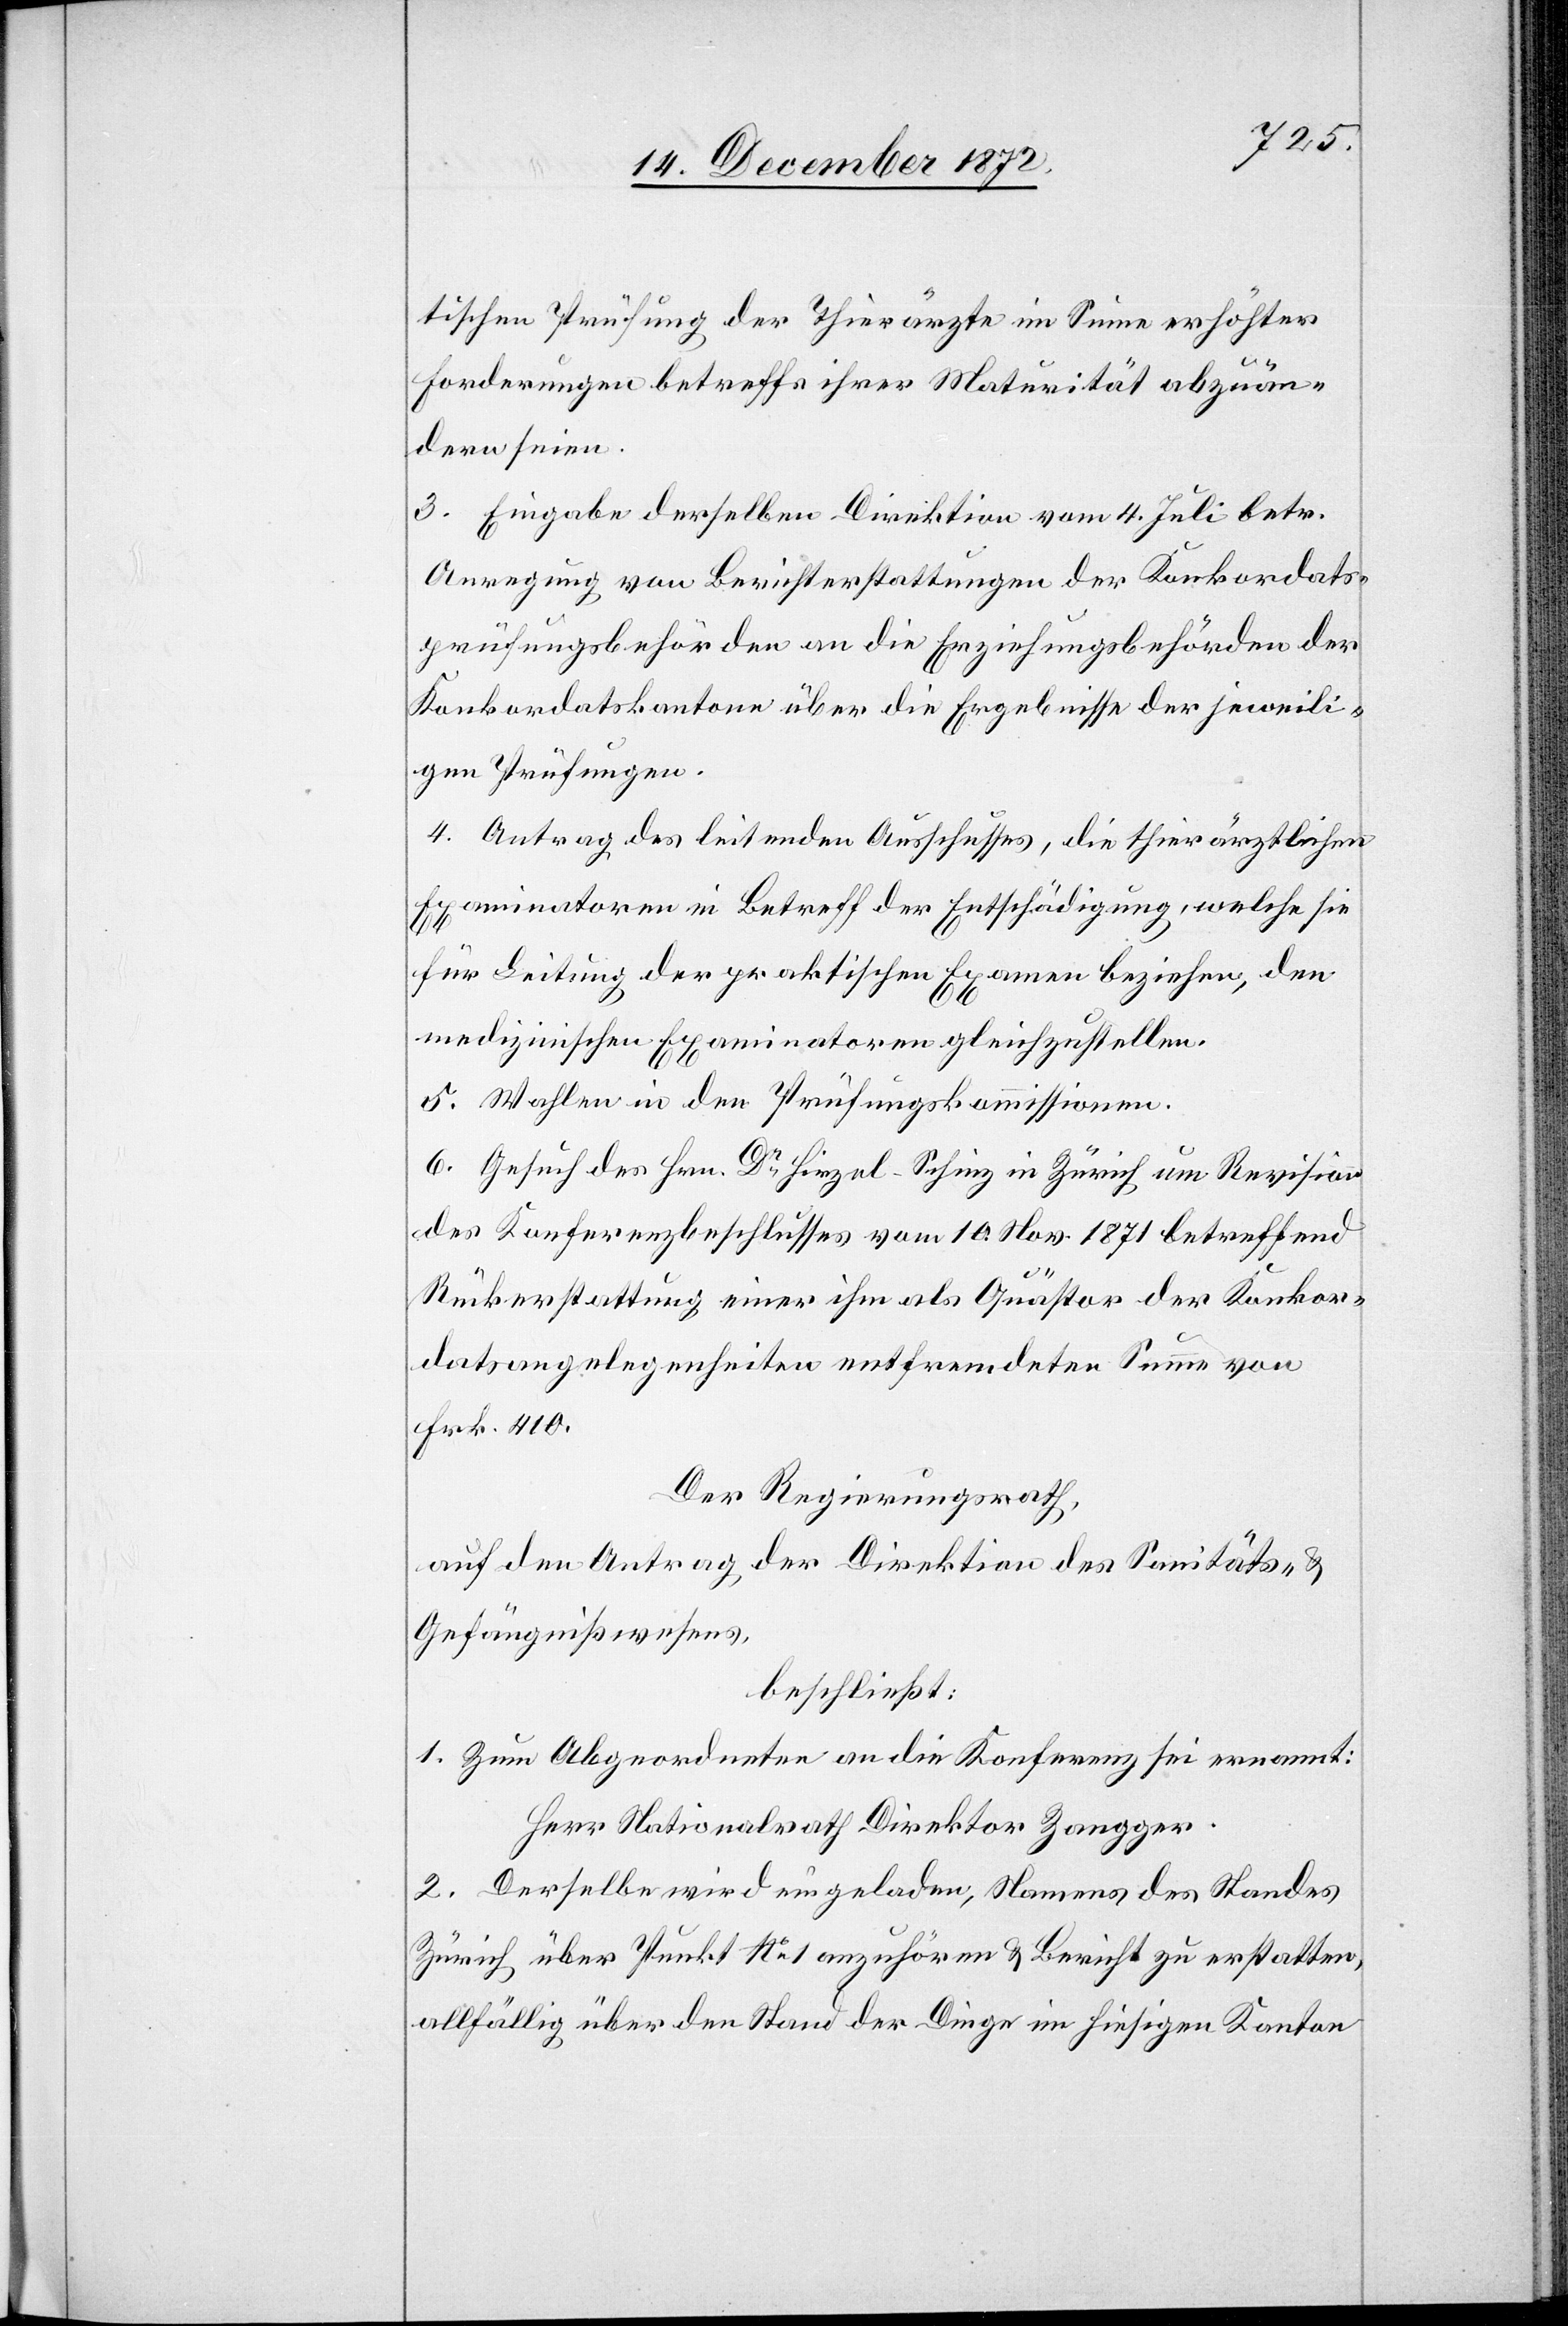
tischen Prüfung der Thierärzte im Sinne erhöhter
Forderungen betreffs ihrer Maturität abzuän¬
dern seien.
3. Eingabe derselben Direktion vom 4. Juli betr.
Anregung von Berichterstattungen der Konkordats¬
prüfungsbehörden an die Erziehungsbehörden der
Konkordatskantone über die Ergebnisse der jeweili¬
gen Prüfungen.
4. Antrag des leitenden Ausschusses, die thierärztlichen
Examinatoren in Betreff der Entschädigung, welche sie
für Leitung der praktischen Examen beziehen, den
medizinischen Examinatoren gleichzustellen.
5. Wahlen in den Prüfungskommissionen.
6. Gesuch des Hrn. Dr Hirzel-Schinz in Zürich um Revision
des Konferenzbeschlusses vom 10. Nov. 1871 betreffend
Rückerstattung einer ihm als Quästor der Konkor¬
datsangelegenheiten entfremdeten Summe von
Frk. 410.
Der Regierungsrath,
auf den Antrag der Direktion des Sanitäts- u.
Gefängnißwesens,
beschließt:
1. Zum Abgeordneten an die Konferenz sei ernannt:
Herr Nationalrath Direktor Zangger.
2. Derselbe wird eingeladen, Namens des Standes
Zürich über Punkt No 1 anzuhören u. Bericht zu erstatten,
allfällig über den Stand der Dinge im hiesigen Kanton